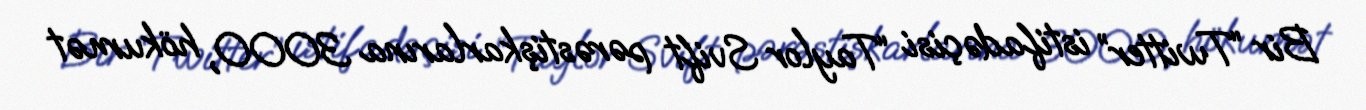
Bir “Twitter” istifadəçisi “Taylor Svift pərəstişkarlarına 3000, hökumət